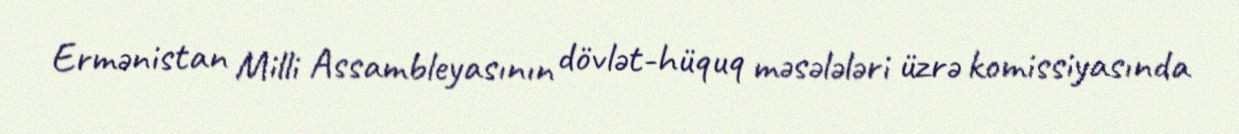
Ermənistan Milli Assambleyasının dövlət-hüquq məsələləri üzrə komissiyasında